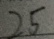
2 5